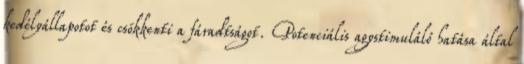
kedélyállapotot és csökkenti a fáradtságot. Potenciális agystimuláló hatása által